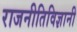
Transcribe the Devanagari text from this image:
राजनीतिविज्ञानी